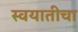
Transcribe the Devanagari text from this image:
स्वयातीचा